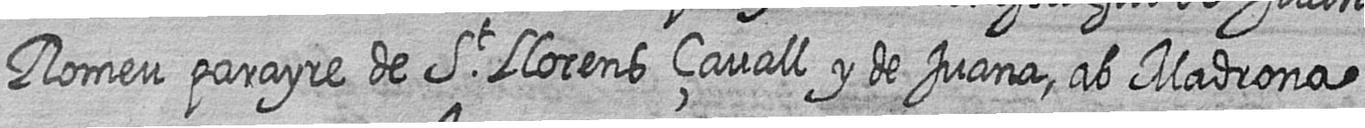
Romeu parayre de St Llorens çavall y de Juana ab Madrona